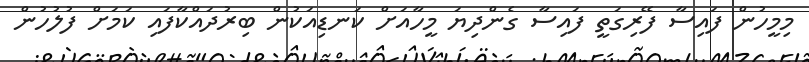
މިމީހުން ފައިސާ ފޭރިގަތީ ފައިސާ ގެންދިޔަ މީހާއަށް ކަނޑިއަކުން ބިރުދައްކާފައި ކަމަށް ފުލުހުން